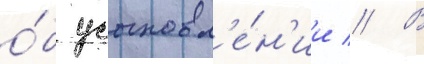
о́б усыновл'е́н'ии // В